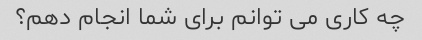
چه کاری می توانم برای شما انجام دهم؟